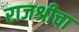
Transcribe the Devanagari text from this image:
राजश्रीचा